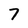
Character: 7